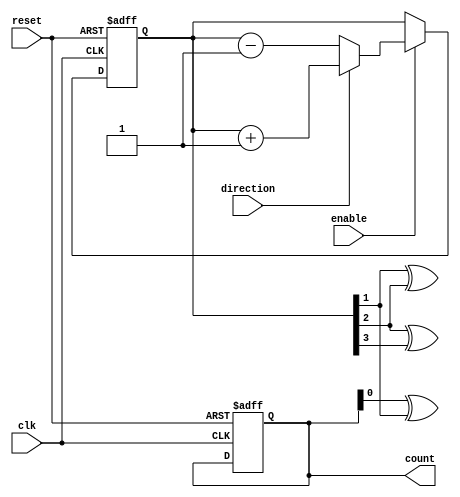
module Bidirectional_Gray_counter(
    input wire clk,
    input wire reset,
    input wire enable,
    input wire direction,
    output reg [3:0] count
);

reg [3:0] gray_code;

always @(posedge clk or posedge reset) begin
    if (reset) begin
        count <= 4'b0000;
        gray_code <= 4'b0000;
    end else begin
        if (enable) begin
            if (direction) begin
                gray_code <= gray_code + 4'b0001;
            end else begin
                gray_code <= gray_code - 4'b0001;
            end
        end
    end
end

// Gray to Binary Conversion
always @* begin
    count[0] = gray_code[0];
    count[1] = gray_code[0] ^ gray_code[1];
    count[2] = gray_code[1] ^ gray_code[2];
    count[3] = gray_code[2] ^ gray_code[3];
end

endmodule